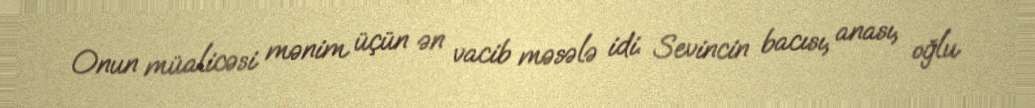
Onun müalicəsi mənim üçün ən vacib məsələ idi. Sevincin bacısı, anası, oğlu